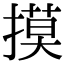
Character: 摸